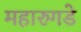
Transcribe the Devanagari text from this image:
महारुगडे